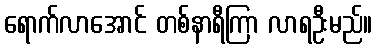
ရောက်လာအောင် တစ်နာရီကြာ လာရဦးမည်။